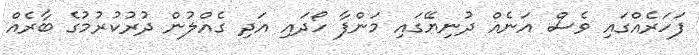
ފަހަރެއްގައި ވެސް އަނެއް ދުނިޔޭގައި މަންފާ ހޯދައި އަދި ގެއްލުން ދުރުކުރުމުގެ ބާރެއް